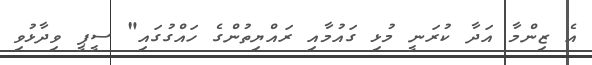
އެ ޒިންމާ އަދާ ކުރަނީ މުޅި ގައުމާއި ރައްޔިތުންގެ ހައްގުގައި" ސީޕީ ވިދާޅުވި